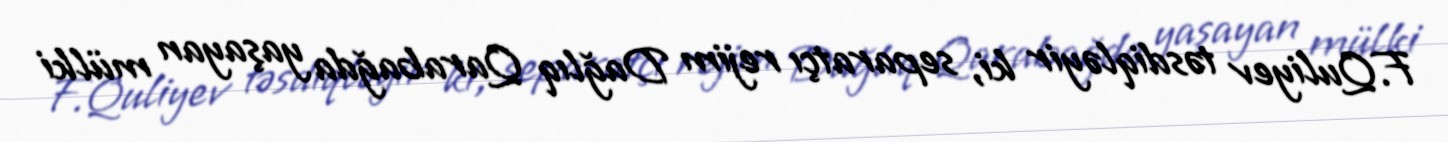
F.Quliyev təsdiqləyir ki, separatçı rejim Dağlıq Qarabağda yaşayan mülki